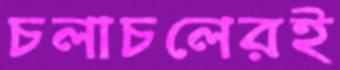
চলাচলেরই